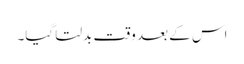
اس کے بعد وقت بدلتا گیا۔